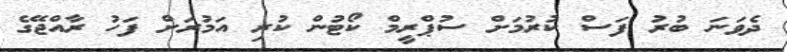
ދެވަނަ ބުރު ފަސް ކުރުމަށް ސުޕްރީމް ކޯޓުން ކުރި އަމުރަށް ފަހު ރާއްޖޭގެ